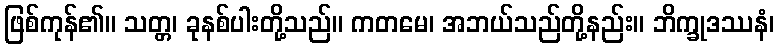
ဖြစ်ကုန်၏။ သတ္တ၊ ခုနစ်ပါးတို့သည်။ ကတမေ၊ အဘယ်သည်တို့နည်း။ ဘိက္ခုဒဿနံ၊